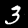
Label: 3